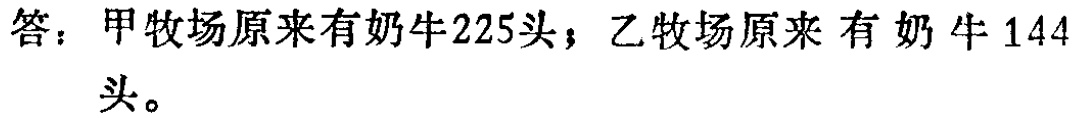
答：甲牧场原来有奶牛225头；乙牧场原来有奶牛144头。